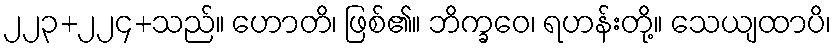
၂၂၃+၂၂၄+သည်။ ဟောတိ၊ ဖြစ်၏။ ဘိက္ခဝေ၊ ရဟန်းတို့။ သေယျထာပိ၊